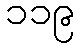
၁၁၉